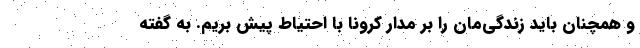
و همچنان باید زندگی‌مان را بر مدار کرونا با احتیاط پیش بریم. به گفته